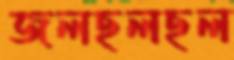
জলছলছল